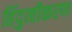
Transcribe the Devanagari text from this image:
हिंदुत्वीकरण